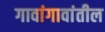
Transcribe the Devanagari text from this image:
गावांगावांतील